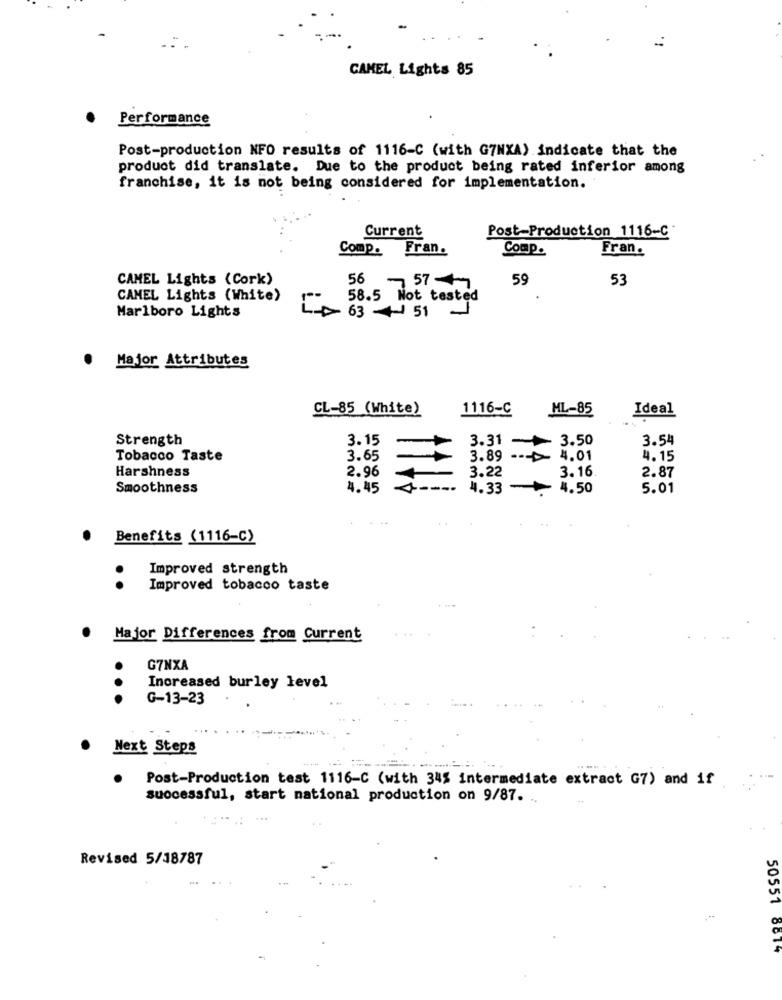
CAMEL Lights 85
Performance
Post-production NFO results of 1116-C (with G7NXA) indicate that the
product did translate. Due to the product being rated inferior among
franchise, it is not being considered for implementation.
Current
Post-Production 1116-C
Comp. Fran.
Comp.
Fran.
CAMEL Lights (Cork)
56
-57
59
53
CAMEL Lights (White)
58.5 Not tested
Marlboro Lights
63 - 51
Major Attributes
CL-85 (White)
1116-C
ML-85
Ideal
Strength
3.15
3.50
3.54
3.31 -
Tobacco Taste
3.65
3.89 --- > 4.01
4.15
Harshness
3.22
3.16
2.87
2.96
Smoothness
4.45
----
4.33 - 4.50
5.01
Benefits (1116-C)
Improved strength
..
Improved tobacco taste
Major Differences from Current
G7NXA
Increased burley level
..
G-13-23
Next Steps
Post-Production test 1116-C (with 345 intermediate extract G7) and if
successful, start national production on 9/87. ..
Revised 5/18787
50551 8814